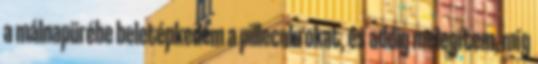
a málnapürébe beletépkedem a pillecukrokat, és addig melegítem, míg